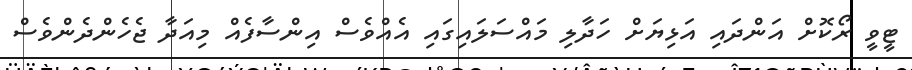
ޓީވީ ރޯކޮށް އަންދައި އަޅިޔަށް ހަދާލި މައްސަލައިގައި އެއްވެސް އިންސާފެއް މިއަދާ ޖެހެންދެންވެސް